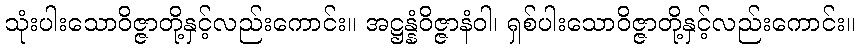
သုံးပါးသောဝိဇ္ဇာတို့နှင့်လည်းကောင်း။ အဋ္ဌန္နံဝိဇ္ဇာနံဝါ၊ ရှစ်ပါးသောဝိဇ္ဇာတို့နှင့်လည်းကောင်း။